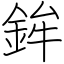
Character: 鉾